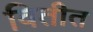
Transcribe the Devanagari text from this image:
वितीत